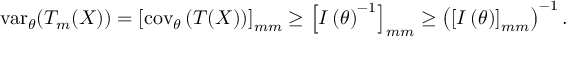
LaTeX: \operatorname { v a r } _ { \boldsymbol { \theta } } ( T _ { m } ( X ) ) = \left[ \operatorname { c o v } _ { \boldsymbol { \theta } } \left( { \boldsymbol { T } } ( X ) \right) \right] _ { m m } \geq \left[ I \left( { \boldsymbol { \theta } } \right) ^ { - 1 } \right] _ { m m } \geq \left( \left[ I \left( { \boldsymbol { \theta } } \right) \right] _ { m m } \right) ^ { - 1 } .